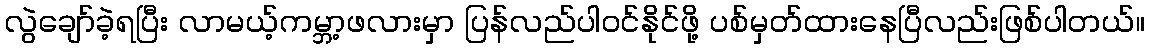
လွဲချော်ခဲ့ရပြီး လာမယ့်ကမ္ဘာ့ဖလားမှာ ပြန်လည်ပါဝင်နိုင်ဖို့ ပစ်မှတ်ထားနေပြီလည်းဖြစ်ပါတယ်။